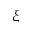
\xi